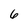
Character: 6